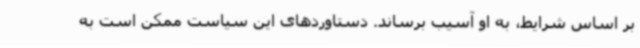
بر اساس شرایط، به او آسیب برساند. دستاوردهای این سیاست ممکن است به